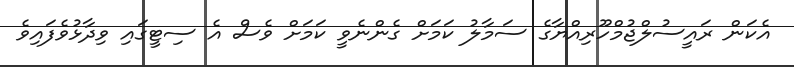
އެކަން ރައީސުލްޖުމްހޫރިއްޔާގެ ސަމާލު ކަމަށް ގެންނެވީ ކަމަށް ވެސް އެ ސިޓީގައި ވިދާޅުވެފައިވެ